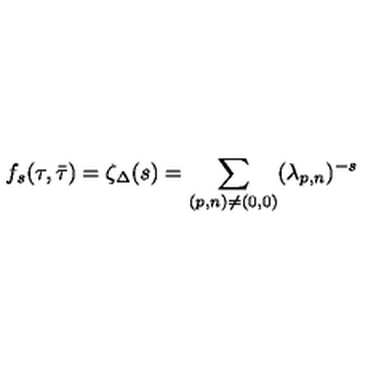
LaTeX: f _ { s } ( \tau , \bar { \tau } ) = \zeta _ { \Delta } ( s ) = \sum _ { ( p , n ) \ne ( 0 , 0 ) } ( \lambda _ { p , n } ) ^ { - s }